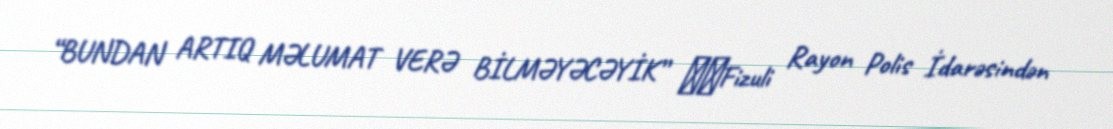
“BUNDAN ARTIQ MƏLUMAT VERƏ BİLMƏYƏCƏYİK” ​​Fizuli Rayon Polis İdarəsindən